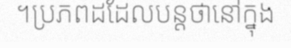
។ប្រភពដដែលបន្តថានៅក្នុង